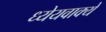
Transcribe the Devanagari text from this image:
ध्येयवाक्ये